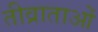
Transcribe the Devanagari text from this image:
तीव्राताओं